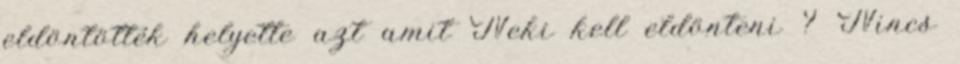
eldöntötték helyette azt amit Neki kell eldönteni ? Nincs